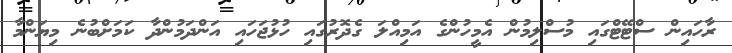
ރާހައިން ސްޓޭޓްގައި މުސްލިމުން އެމީހުންގެ އަމިއްލަ ގެދޮރުގައި ހުޅުޖަހައި އަންދަމުންދާ ކަމަށްބުނެ މިޔަންމާ